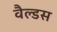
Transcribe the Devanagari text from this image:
वैल्डस